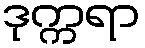
ဒုက္ကရာ